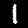
Label: 1